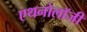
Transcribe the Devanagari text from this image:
एथनोलॉजी